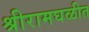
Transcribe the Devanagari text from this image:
श्रीरामघळीत